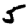
Digit: 5